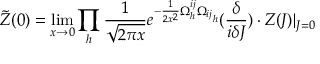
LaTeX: \tilde { Z } ( 0 ) = \operatorname * { l i m } _ { x \rightarrow 0 } \prod _ { h } \frac { 1 } { \sqrt { 2 \pi x } } e ^ { - \frac { 1 } { 2 x ^ { 2 } } \Omega _ { h } ^ { i j } { \Omega _ { i j } } _ { h } } ( { \frac { \delta } { i \delta J } } ) \cdot Z ( J ) | _ { J = 0 }